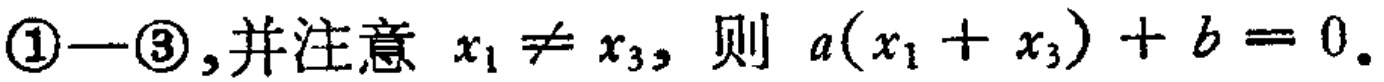
\textcircled{1}-\textcircled{3},并注意 \(x_{1} \neq x_{3}\), 则 \(a(x_{1} + x_{3}) + b = 0\).